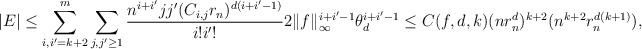
\begin{align*}|E|\le\sum_{i,i'= k+2}^m\sum_{j,j'\ge 1}\frac{n^{i+i'}jj'(C_{i,j}r_n)^{d(i+i'-1)}}{i!i'!}2\|f\|_\infty^{i+i'-1}\theta_d^{i+i'-1}\le C(f,d,k)(nr_n^d)^{k+2}(n^{k+2}r_n^{d(k+1)}),\end{align*}